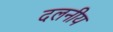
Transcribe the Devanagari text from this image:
दलनीय